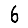
Digit: 6